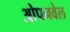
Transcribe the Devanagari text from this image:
ओपनवेल